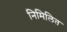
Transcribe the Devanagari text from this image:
निमिलित